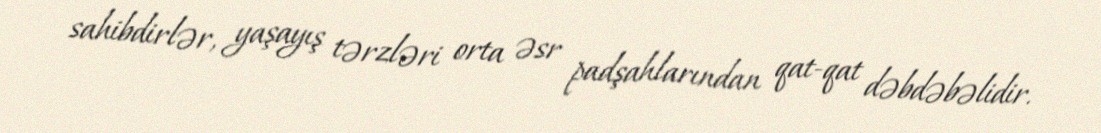
sahibdirlər, yaşayış tərzləri orta əsr padşahlarından qat-qat dəbdəbəlidir.